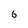
Character: 6